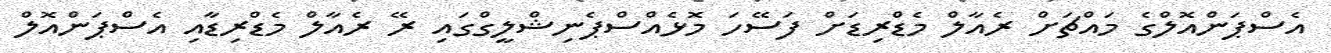
އެސްޕަންއޮލްގެ މައްޗަށް ރެއާލް މެޑްރިޑަށް ފަސޭހަ މޮޅެއްސްޕެނިޝްލީގްގައި ރޭ ރެއާލް މެޑްރިޑާއި އެސްޕަންއޮލް